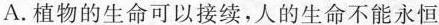
A.植物的生命可以接续，人的生命不能永恒